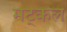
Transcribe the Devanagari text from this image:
मट्कल